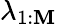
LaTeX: \lambda_{1:\mathbf{M}}